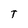
Character: T